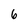
Character: 6